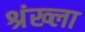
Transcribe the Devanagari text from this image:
श्रंख्ला